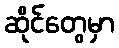
ဆိုင်တွေမှာ